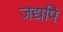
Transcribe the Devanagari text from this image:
जद्यपि